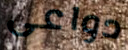
دواعى